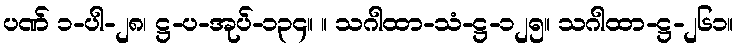
ပဏ် ၁-ပါ-၂၈၊ ဋ္ဌ-ပ-အုပ်-၁၃၄။ ။ သဂါထာ-သံ-ဋ္ဌ-၁၂၅။ သဂါထာ-ဋ္ဌ-၂၆၁။